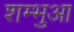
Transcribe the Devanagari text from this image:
शम्भुआ